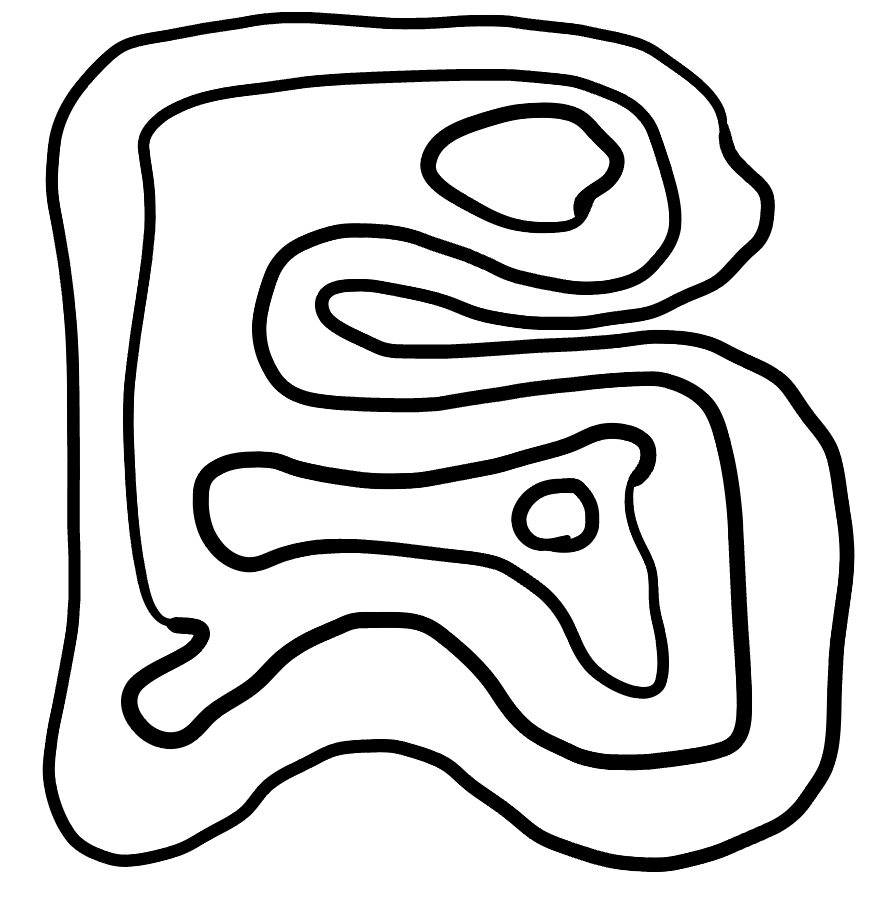
Number of regions (including the outer root region): 6
Containment tree edges (parent, child): 0, 1, 1, 2, 2, 3, 2, 5, 3, 4